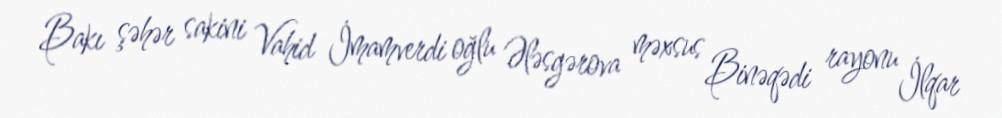
Bakı şəhər sakini Vahid İmamverdi oğlu Ələsgərova məxsus Binəqədi rayonu İlqar